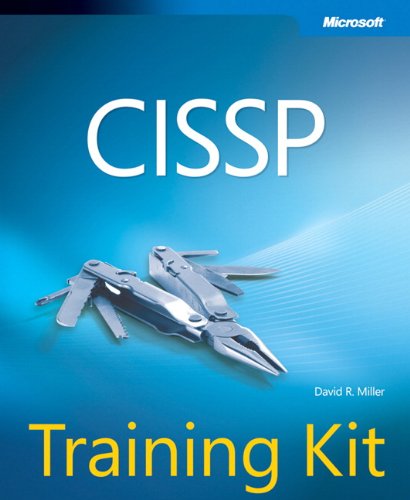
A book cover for CISSP Training Kit (Microsoft Press Training Kit); David R. Miller; Computers & Technology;